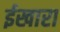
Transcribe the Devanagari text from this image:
ईखारा